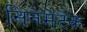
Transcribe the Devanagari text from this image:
सिनेमेटेक